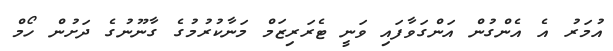
އުމަރު އެ އެންގުން އަންގަވާފައި ވަނީ ޓެރަރިޒަމް މަނާކުރުމުގެ ގާނޫނުގެ ދަށުން ހޯމް